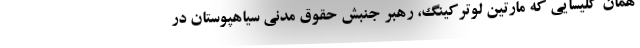
همان کلیسایی که مارتین لوترکینگ، رهبر جنبش حقوق مدنی سیاهپوستان در